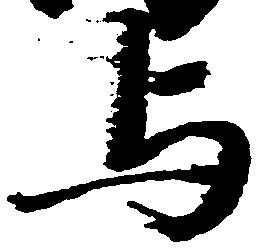
与